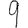
Digit: 9